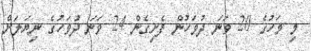
މި މަހުގެ 20 ވަނަ ދުވަހުން ފެށިގެން 24 ވަނަ ދުވަހުގެ ނިޔަލަށް